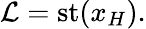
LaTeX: \mathcal{L}=\mathrm{{{st}}}(x_{H}).